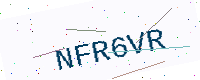
Text: NFR6VR